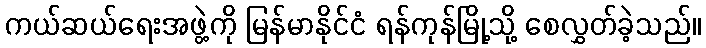
ကယ်ဆယ်ရေးအဖွဲ့ကို မြန်မာနိုင်ငံ ရန်ကုန်မြို့သို့ စေလွှတ်ခဲ့သည်။